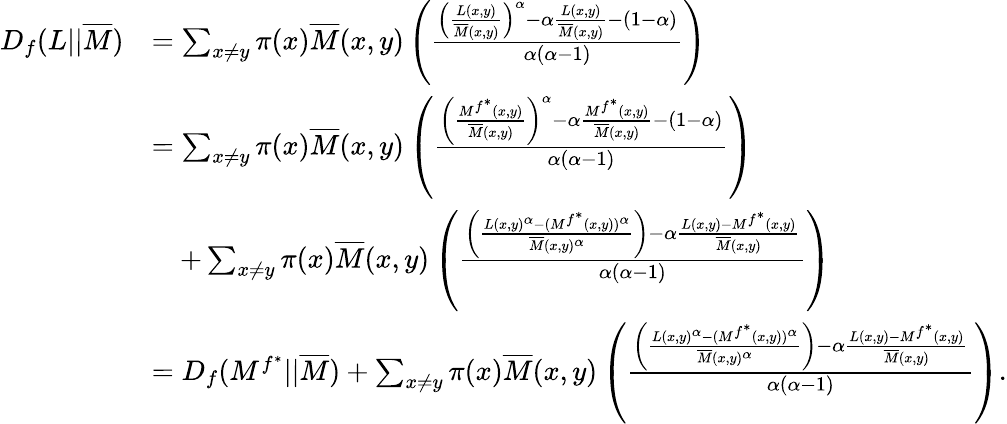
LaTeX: \begin{array}{rl}{D_{f}(L||\overline{{M}})}&{=\sum_{x\neq y}\pi(x)\overline{{M}}(x,y)\left(\frac{\left(\frac{L(x,y)}{\overline{{M}}(x,y)}\right)^{\alpha}-\alpha\frac{L(x,y)}{\overline{{M}}(x,y)}-(1-\alpha)}{\alpha(\alpha-1)}\right)}\\ &{=\sum_{x\neq y}\pi(x)\overline{{M}}(x,y)\left(\frac{\left(\frac{M^{f^{*}}(x,y)}{\overline{{M}}(x,y)}\right)^{\alpha}-\alpha\frac{M^{f^{*}}(x,y)}{\overline{{M}}(x,y)}-(1-\alpha)}{\alpha(\alpha-1)}\right)}\\ &{\quad+\sum_{x\neq y}\pi(x)\overline{{M}}(x,y)\left(\frac{\left(\frac{L(x,y)^{\alpha}-(M^{f^{*}}(x,y))^{\alpha}}{\overline{{M}}(x,y)^{\alpha}}\right)-\alpha\frac{L(x,y)-M^{f^{*}}(x,y)}{\overline{{M}}(x,y)}}{\alpha(\alpha-1)}\right)}\\ &{=D_{f}(M^{f^{*}}||\overline{{M}})+\sum_{x\neq y}\pi(x)\overline{{M}}(x,y)\left(\frac{\left(\frac{L(x,y)^{\alpha}-(M^{f^{*}}(x,y))^{\alpha}}{\overline{{M}}(x,y)^{\alpha}}\right)-\alpha\frac{L(x,y)-M^{f^{*}}(x,y)}{\overline{{M}}(x,y)}}{\alpha(\alpha-1)}\right).}\end{array}